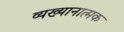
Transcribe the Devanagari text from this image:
व्यख्यानात्मक